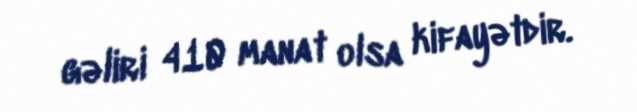
gəliri 410 manat olsa kifayətdir.